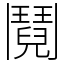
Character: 鬩